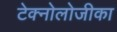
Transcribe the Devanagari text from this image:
टेक्नोलोजीका